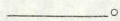
___。